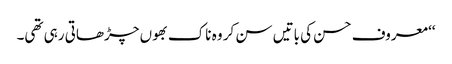
‘‘ معروف حسن کی باتیں سن کر وہ ناک بھوں چڑھاتی رہی تھی۔